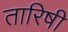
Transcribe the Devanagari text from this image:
तारिषी